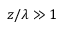
z / \lambda \gg 1